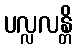
ပလ္လလန္တိ